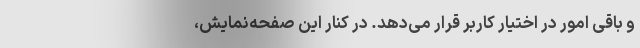
و باقی امور در اختیار کاربر قرار می‌دهد. در کنار این صفحه‌نمایش،